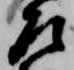
左